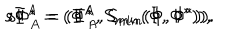
LaTeX: s \Phi ^ { A } = ( \Phi ^ { A } , S _ { m i n } ( \Phi , \Phi ^ { \ast } ) ) , \hspace { 1 c m } s \Phi _ { A } ^ { \ast } = ( \Phi _ { A } ^ { \ast } , S _ { m i n } ( \Phi , \Phi ^ { \ast } ) ) .